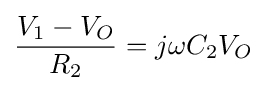
{\frac {V_{1}-V_{O}}{R_{2}}}=j\omega C_{2}V_{O}\